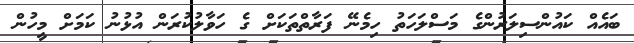
ބައެއް ކައުންސިލަރުންގެ މަސްލަހަތު ހިމެނޭ ފަރާތްތަކަށް ގެ ހަވާލުކުރަން އުޅުނު ކަމަށް މީހުން